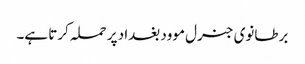
برطانوی جنرل موود بغداد پر حملہ کرتا ہے۔